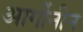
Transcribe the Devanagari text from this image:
आर्गीनीन